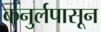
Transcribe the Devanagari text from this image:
कनुर्लपासून